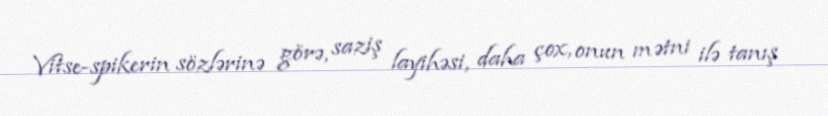
Vitse-spikerin sözlərinə görə, saziş layihəsi, daha çox, onun mətni ilə tanış